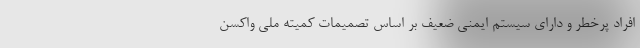
افراد پرخطر و دارای سیستم ایمنی ضعیف بر اساس تصمیمات کمیته ملی واکسن